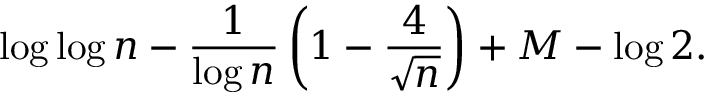
\log \log n - { \frac { 1 } { \log n } } \left( 1 - { \frac { 4 } { \sqrt { n } } } \right) + M - \log 2 .